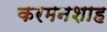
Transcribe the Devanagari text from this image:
करमनशाह